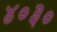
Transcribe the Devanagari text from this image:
४०३०